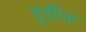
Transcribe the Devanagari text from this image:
हूडीज